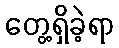
တွေ့ရှိခဲ့ရာ